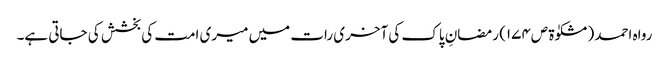
رواہ احمد (مشکوٰۃ ص١٧٤) رمضانِ پاک کی آخری رات میں میری امت کی بخشش کی جاتی ہے۔